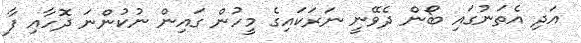
އަދި އެތަނުގައި ބޯން ދެވޭނީ ނަރަކައިގެ މީހުން ގައިން ނުކުންނަ ދޮހާއި ފާ